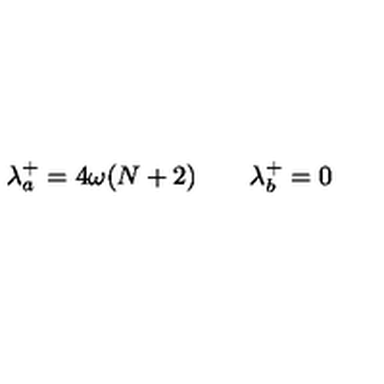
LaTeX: \lambda _ { a } ^ { + } = 4 \omega ( N + 2 ) \qquad \lambda _ { b } ^ { + } = 0